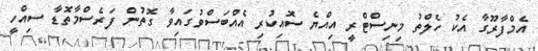
އެމްފާރޫގާ އެކު ހެލްތު މިނިސްޓްރީ އިއްޔެ ސޮއިކުރި އެއްބަސްވުގައިވާ ގޮތުން ފަރެސްމާތޮޑާ ސިއްހީ